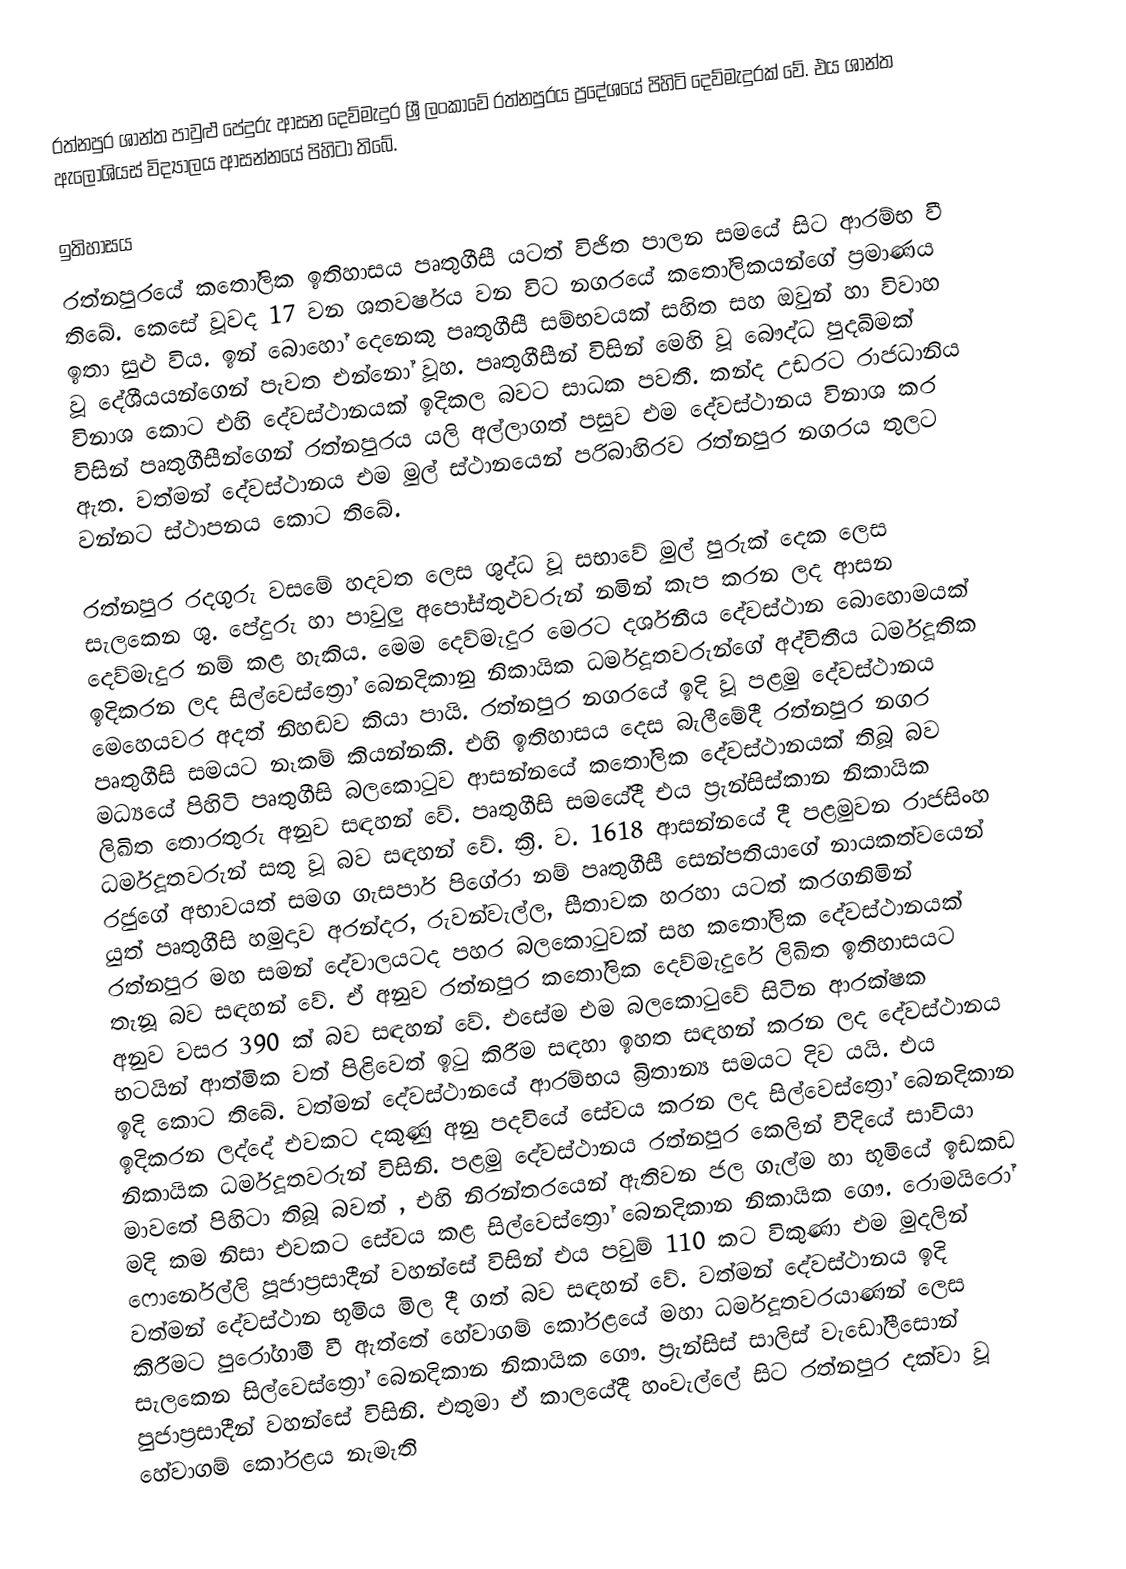
රත්නපුර ශාන්ත පාවුළු පේදුරු ආසන දෙව්මැදුර ශ්‍රී ලංකාවේ රත්නපුරය ප්‍රදේශයේ පිහිටි දෙව්මැදුරක් වේ. එය ශාන්ත ඇලෝශියස් විද්‍යාලය ආසන්නයේ පිහිටා තිබේ.

ඉතිහාසය
රත්නපුරයේ කතෝලික ඉතිහාසය පෘතුගීසී යටත් විජිත පාලන සමයේ සිට ආරම්භ වී තිබේ. කෙසේ වූවද 17 වන ශතවර්ෂය වන විට නගරයේ කතෝලිකයන්ගේ ප්‍රමාණය ඉතා සුළු විය. ඉන් බොහෝ දෙනෙකු පෘතුගීසී සම්භවයක් සහිත සහ ඔවුන් හා විවාහ වූ දේශීයයන්ගෙන් පැවත එන්නෝ වූහ. පෘතුගීසීන් විසින් මෙහි වූ බෞද්ධ පුදබිමක් විනාශ කොට එහි දේවස්ථානයක් ඉදිකල බවට සාධක පවතී. කන්ද උඩරට රාජධානිය විසින් පෘතුගීසීන්ගෙන් රත්නපුරය යලි අල්ලාගත් පසුව එම දේවස්ථානය විනාශ කර ඇත. වත්මන් දේවස්ථානය එම මුල් ස්ථානයෙන් පරිබාහිරව රත්නපුර නගරය තුලට වන්නට ස්ථාපනය කොට තිබේ.

රත්නපුර රදගුරු වසමේ හදවත ලෙස ශුද්ධ වූ සභාවේ මුල් පුරුක් දෙක ලෙස සැලකෙන ශු. පේදුරු හා පාවුලු අපෝස්තුළුවරුන් නමින් කැප කරන ලද ආසන දෙව්මැදුර නම් කළ හැකිය. මෙම දෙව්මැදුර මෙරට දර්ශනීය දේවස්ථාන බොහොමයක් ඉදිකරන ලද සිල්වෙස්ත්‍රෝ බෙනදිකානු නිකායික ධර්මදූතවරුන්ගේ  අද්විතීය ධර්මදූතික මෙහෙයවර අදත් නිහඬව කියා පායි. රත්නපුර නගරයේ ඉදි වූ පළමු දේවස්ථානය පෘතුගීසි සමයට නෑකම් කියන්නකි. එහි ඉතිහාසය දෙස බැලීමේදී   රත්නපුර නගර මධ්‍යයේ පිහිටි පෘතුගීසි බලකොටුව ආසන්නයේ කතෝලික දේවස්ථානයක් තිබූ බව ලිඛිත තොරතුරු අනුව සඳහන් වේ. පෘතුගීසි සමයේදී එය ප්‍රැන්සිස්කාන නිකායික  ධර්මදූතවරුන් සතු වූ බව සඳහන් වේ. ක්‍රි. ව. 1618 ආසන්නයේ දී පළමුවන රාජසිංහ රජුගේ අභාවයත් සමග ගැසපාර් පිගේරා නම් පෘතුගීසී සෙන්පතියාගේ නායකත්වයෙන් යුත් පෘතුගීසි හමුදාව අරන්දර, රුවන්වැල්ල, සීතාවක හරහා යටත් කරගනිමින් රත්නපුර මහ සමන් දේවාලයටද පහර බලකොටුවක් සහ කතෝලික දේවස්ථානයක් තැනූ බව සඳහන් වේ. ඒ අනුව රත්නපුර කතෝලික දෙව්මැදුරේ ලිඛිත ඉතිහාසයට අනුව වසර 390 ක් බව සඳහන් වේ. එසේම එම බලකොටුවේ සිටින ආරක්ෂක භටයින් ආත්මික වත් පිළිවෙත් ඉටු කිරීම සඳහා ඉහත සඳහන් කරන ලද දේවස්ථානය ඉදි කොට තිබේ. වත්මන් දේවස්ථානයේ ආරම්භය බ්‍රිතාන්‍ය සමයට දිව යයි. එය ඉදිකරන ලද්දේ එවකට දකුණු අනු පදවියේ සේවය කරන ලද සිල්වෙස්ත්‍රෝ බෙනදිකාන නිකායික ධර්මදූතවරුන් විසිනි. පළමු දේවස්ථානය රත්නපුර කෙලින් වීදියේ සාවියා මාවතේ පිහිටා තිබූ බවත් , එහි නිරන්තරයෙන් ඇතිවන ජල ගැල්ම හා භූමියේ ඉඩකඩ මදි කම නිසා එවකට සේවය කළ  සිල්වෙස්ත්‍රෝ බෙනදිකාන නිකායික ගෞ. රොමයිරෝ ෆොර්නෙල්ලි පූජාප්‍රසාදීන් වහන්සේ විසින් එය පවුම් 110 කට විකුණා එම මුදලින් වත්මන් දේවස්ථාන  භූමිය මිල දී ගත් බව සඳහන් වේ. වත්මන් දේවස්ථානය ඉදි කිරීමට පුරෝගාමී වී ඇත්තේ හේවාගම් කෝරළයේ මහා ධර්මදූතවරයාණන් ලෙස සැලකෙන සිල්වෙස්ත්‍රෝ බෙනදිකාන නිකායික  ගෞ. ප්‍රැන්සිස් සාලිස් වැඩෝලීසොන් පුජාප්‍රසාදීන් වහන්සේ විසිනි. එතුමා ඒ කාලයේදී හංවැල්ලේ සිට රත්නපුර දක්වා වූ හේවාගම් කෝරළය නැමැති